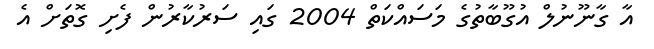
އާ ގާނޫނުލް އުގޫބާތުގެ މަސައްކަތް 2004 ގައި ސަރުކާރުން ފެށި ގޮތަށް އެ